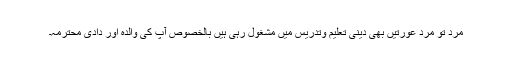
مرد تو مرد عورتیں بھی دینی تعلیم وتدریس میں مشغول رہی ہیں بالخصوص آپ کی والدہ اور دادی محترمہ۔